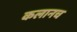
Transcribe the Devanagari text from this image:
कलानच